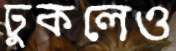
ঢুকলেও